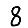
Digit: 8